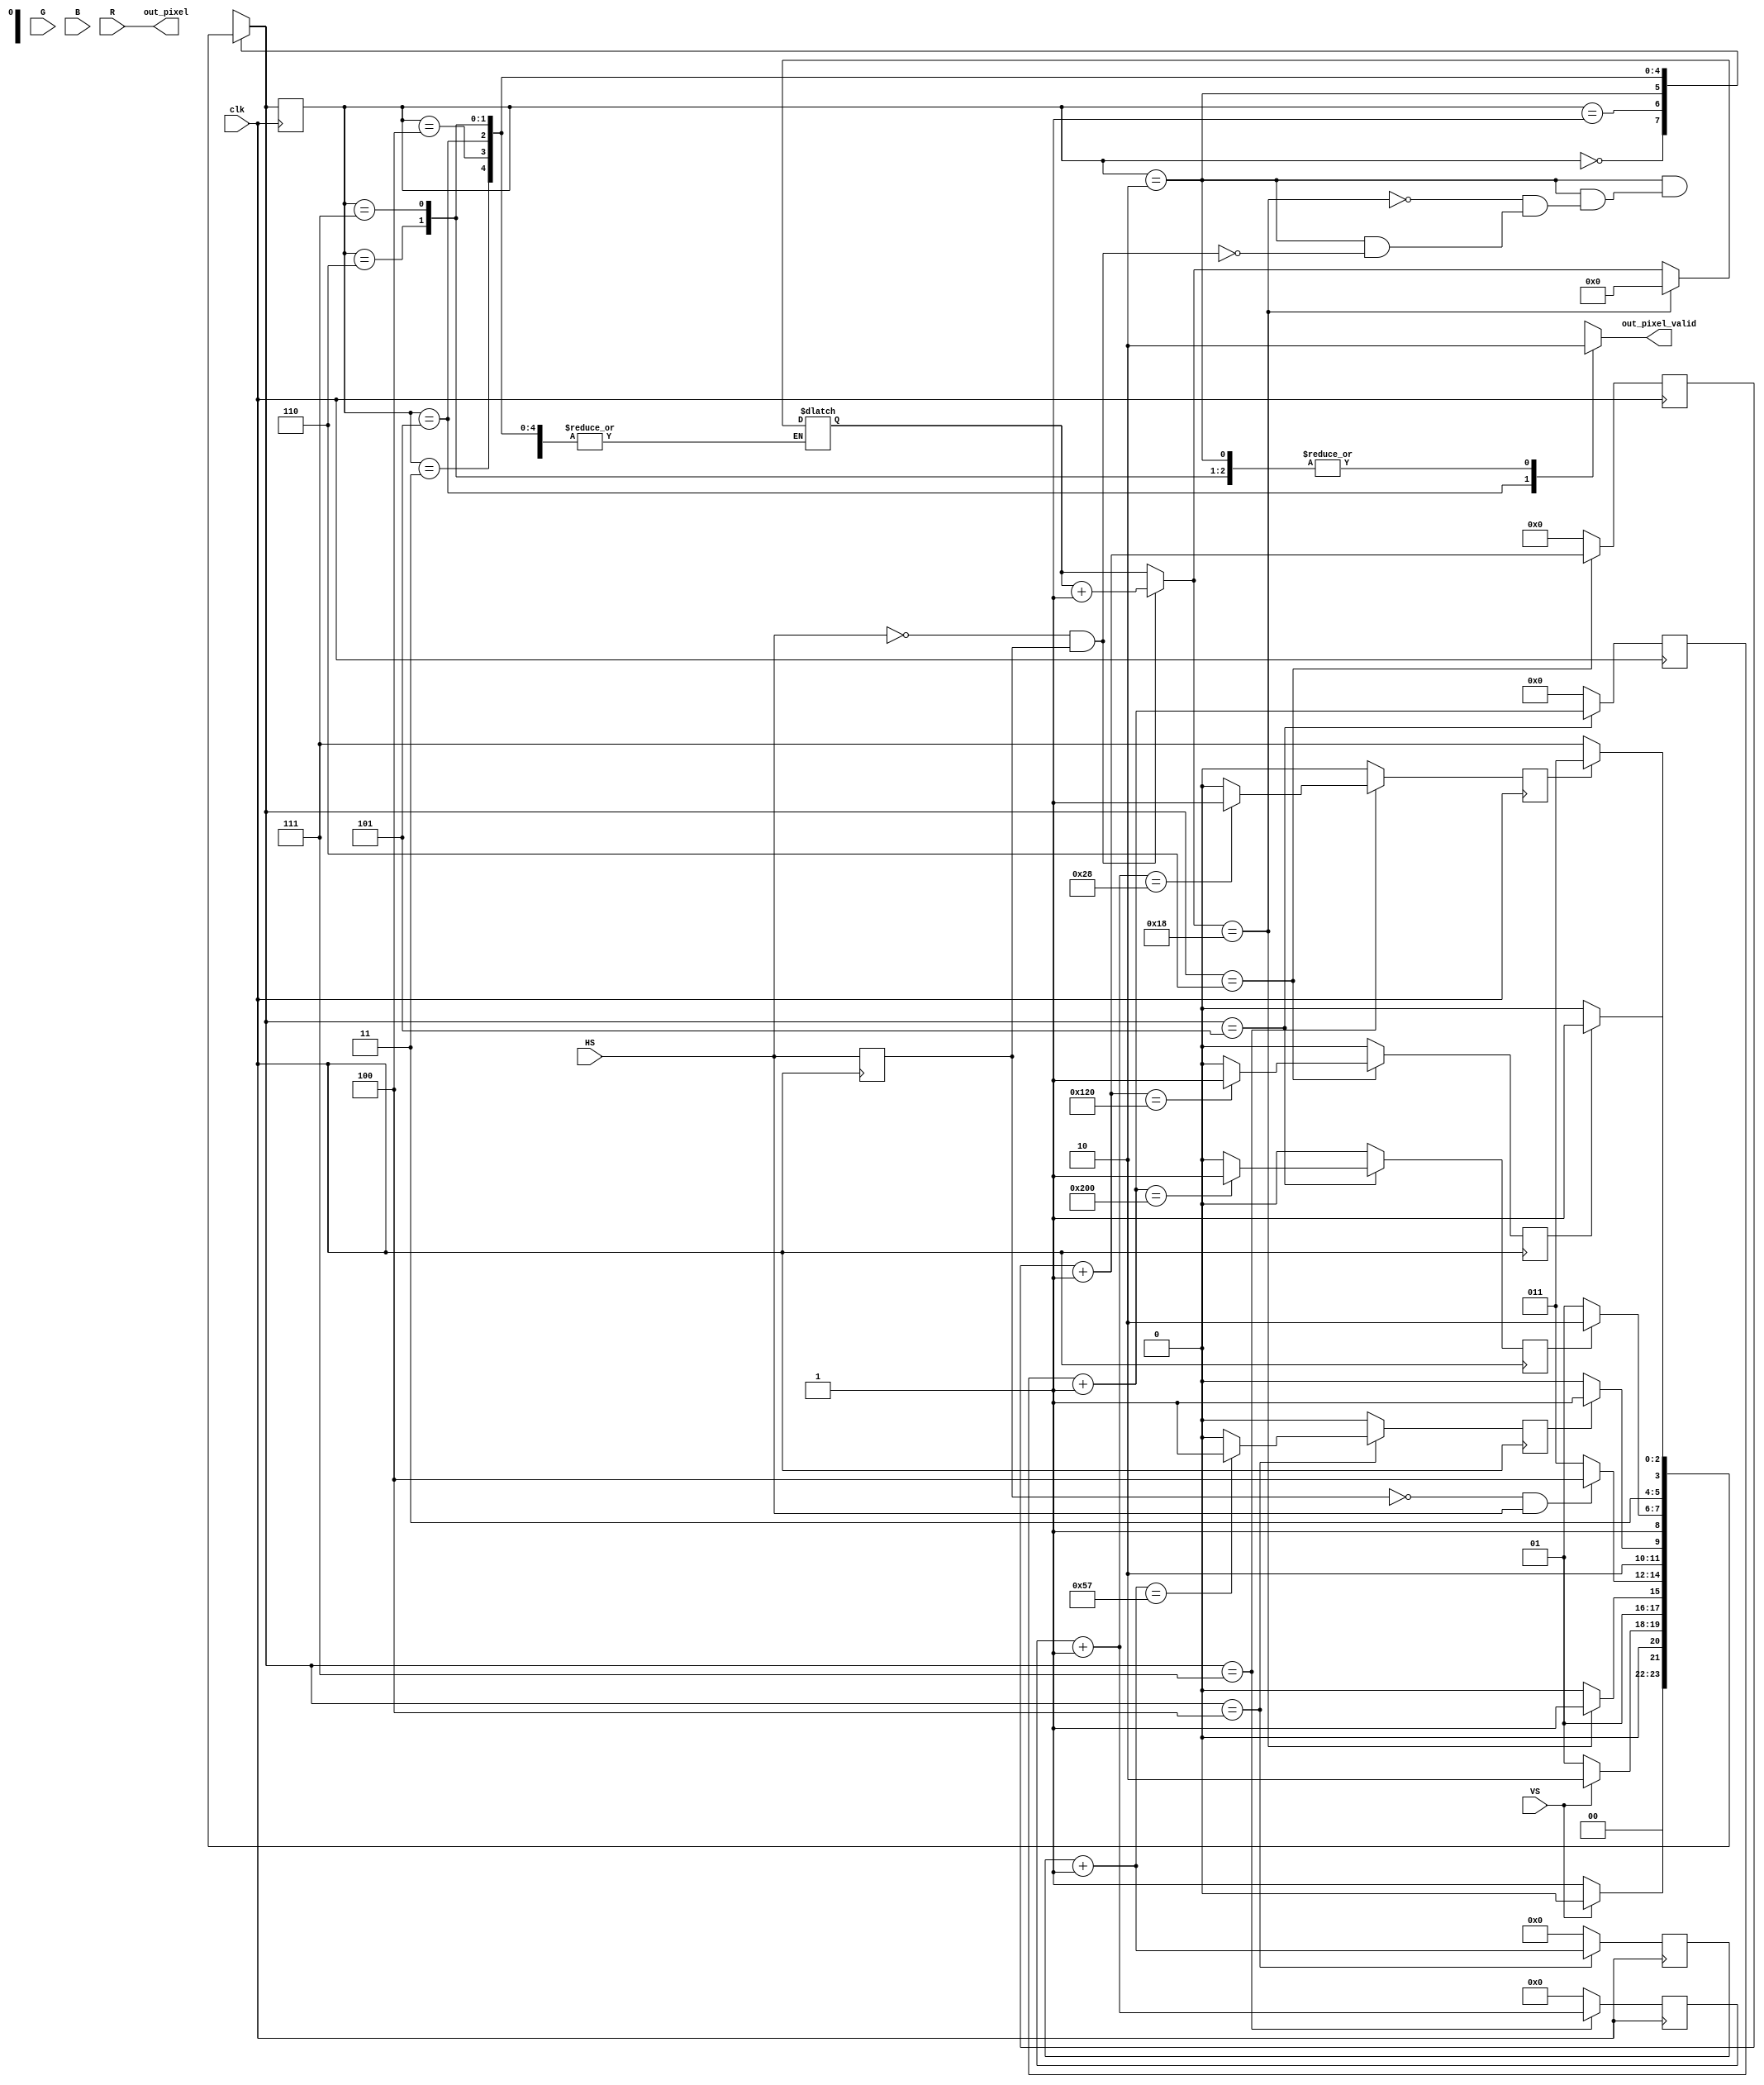
`timescale 1ns / 1ps
//////////////////////////////////////////////////////////////////////////////////
// Company: 
// 					Parasar, Mayank
// 
// Design Name: 
// Module Name:    hw5_top 
// Project Name: 
// Target Devices: 
// Tool versions: 
// Description: 
//
// Dependencies: 
//
// Revision: 
// Revision 0.01 - File Created
// Additional Comments: 
//
//////////////////////////////////////////////////////////////////////////////////
module hw5_top(
						clk,
						R,
						G,
						B,
						HS,
						VS,
						out_pixel,
						out_pixel_valid
    );
	
	//Inputs
	input clk;
	input [7:0] R, G, B;
	input HS, VS;

	//Outputs
	output [7:0] out_pixel;
	output out_pixel_valid;


	// Intermediate signals..
	reg [2:0] PS = 0; // Present state (initially at START_ST)
	reg [2:0] NS = 0; // Next state (initially at START_ST)

	// various counters..
	reg [4:0] VS_BP_CNTR = 0;
	reg [5:0] HS_FP_CNTR = 0;
	reg [6:0] HS_BP_CNTR = 0;
	reg [9:0] IM_DIM_CNTR = 0;
	reg [9:0] VGA_ROW_CNTR = 0;
	reg [8:0] FILL_IN_CNTR = 0;
	reg [9:0] GP_CNTR = 0; // this is my general purpose counter

	// various parameters
	/*back-porch phase comes after the pulse has completed*/
	parameter VS_BP_CNT = 23; // this is in-terms of HS-pulses
	parameter HS_FP_CNT = 40; // this is in-terms of cycles
	parameter HS_BP_CNT = 88; // this is in-terms of cycles
	parameter IM_DIM = 512; // this is in-terms of pixels
							// we are reading 1 pixel in a cycle..
	parameter VGA_ROW = 800; // this is the standard line-width 
							 // of vga-signal.
	parameter rows = 512;
	parameter cols = 512;
	parameter FILL_IN_CNT = 288;

	//--------------------------------------------------------
	//State Machine parameter.
	//--------------------------------------------------------
	parameter START_ST = 0; // this state wait for VS sync pulse
	parameter VS_SYNC_PULSE = 1; // detected and currently present at VS_SYNC_PULSE
	parameter VS_BP = 2; // currenlty going through VS_FP phase
	parameter HS_SYNC_PULSE = 3;  // we are in the HS sync-pulse
	parameter HS_BP = 4; // we are going through HS-back-porch
	parameter VALID_OUT = 5; // this is the state which has the valid data
	parameter FILL_IN = 6; // we are going in the state which is >512 and <800
	parameter HS_FP = 7; // we are going though HS-front-porch 


	// Misc.
	reg HS_prev;
	reg is_valid = 0;
	reg done_HS_BP = 0;
	reg img_end_flag = 0;
	reg done_fill_in = 0;
	reg done_HS_FP = 0;

/*~~~~~~~~~~~~~~~~~~~~~~~~~~*/
always @(posedge clk) begin
	HS_prev <= HS;
end
/*~~~~~~~~~~~~~~~~~~~~~~~~~~*/

// this always block maintains HS-counters as they are
// all clock driven
always @(posedge clk) begin
	if (NS == HS_BP) begin
		HS_BP_CNTR = HS_BP_CNTR + 1;
		if (HS_BP_CNTR == (HS_BP_CNT - 1)) // to avoid 1 cycle lag
			done_HS_BP = 1'b1;
		else 
			done_HS_BP = 1'b0;		
	end
	else begin
		HS_BP_CNTR = 0;
		done_HS_BP = 1'b0;
	end
	/*-----------------------------------*/
	if (NS == VALID_OUT)  begin // take care of counting till 512 clocks
		IM_DIM_CNTR = IM_DIM_CNTR + 1;
		if (IM_DIM_CNTR == IM_DIM) 
			img_end_flag = 1'b1; // image row end has reached
		else
			img_end_flag = 1'b0;
	end	
	else begin
		IM_DIM_CNTR = 0;
		img_end_flag = 1'b0;
	end
	/*-----------------------------------*/
	if (NS == FILL_IN) begin
		FILL_IN_CNTR = FILL_IN_CNTR + 1;
		if (FILL_IN_CNTR == FILL_IN_CNT)
			done_fill_in = 1'b1;
		else
			done_fill_in = 1'b0;
	end
	else begin
		FILL_IN_CNTR = 0;
		done_fill_in = 1'b0;
	end
	/*-----------------------------------*/
	if (NS == HS_FP) begin
		HS_FP_CNTR = HS_FP_CNTR + 1;
		if (HS_FP_CNTR == HS_FP_CNT)
			done_HS_FP = 1'b1;
		else
			done_HS_FP = 1'b0;
	end
	else begin
		HS_FP_CNTR = 0;
		done_HS_FP = 1'b0;
	end

end
/*~~~~~~~~~~~~~~~~~~~~~~~~~~~~~~~~~~~~*/
assign out_pixel_valid = is_valid;
assign out_pixel = R;
/*~~~~~~~~~~~~~~~~~~~~~~~~~~~~~~~~~~~~*/
	// create a state machine here..
	always@(posedge clk)
		PS <= NS;

	// Here's my state changing combinational logic..
	always @(*) begin
		// default assignments
		is_valid = 1'b0; // default value...
		NS = 3'b000; // default value...
		case (PS)
			START_ST: begin
				if (VS == 1'b0)
					NS = VS_SYNC_PULSE; // you have detected the falling edge of VS sync pulse
				else 
					NS = START_ST; // you keep looping at the same state.

			end
			/*---------------------------*/
			VS_SYNC_PULSE: begin
				if (VS==1'b1) 
					NS = VS_BP; // you have traversed the VS-sync pulse.. traverse the VS-FP phase next
				else 
					NS = VS_SYNC_PULSE; // still in VS_SYNC_PULSE phase keep looping
			end
			/*---------------------------*/
			VS_BP: begin
				
				if ((HS == 0) && (HS_prev == 1)) // detect the negative edge
					VS_BP_CNTR = VS_BP_CNTR + 1; // this is fine..
				else
					VS_BP_CNTR = VS_BP_CNTR; // keep the value latched

				if (VS_BP_CNTR == VS_BP_CNT + 1) begin // just to compensate the extra HS pulse in the starting of the file data
					NS = HS_SYNC_PULSE;
					VS_BP_CNTR = 0; // reset the counter to be used again if needed.
				end
				else 
					NS = VS_BP; // loop-in

			end
			/*---------------------------*/
			HS_SYNC_PULSE: begin

				if ((HS_prev == 0) && (HS == 1)) // detect the rising edge
					NS = HS_BP;
				else 
					NS = HS_SYNC_PULSE;

			end
			/*---------------------------*/
			HS_BP: begin
				
				if(done_HS_BP) begin
					NS = VALID_OUT;					
				end
				else begin
					NS = HS_BP;
				end				

			end
			/*---------------------------*/
			VALID_OUT: begin
				is_valid = 1'b1;
				if (img_end_flag) begin
					NS = FILL_IN;
				end
				else 
					NS = VALID_OUT;
			
			end
			/*---------------------------*/
			FILL_IN: begin
					if (done_fill_in) 
						NS = HS_FP;
					else
						NS = FILL_IN;
			end

			/*---------------------------*/
			HS_FP: begin
				if(done_HS_FP)
					NS = HS_SYNC_PULSE;
				else
					NS = HS_FP; 
			end
		endcase
	end

endmodule